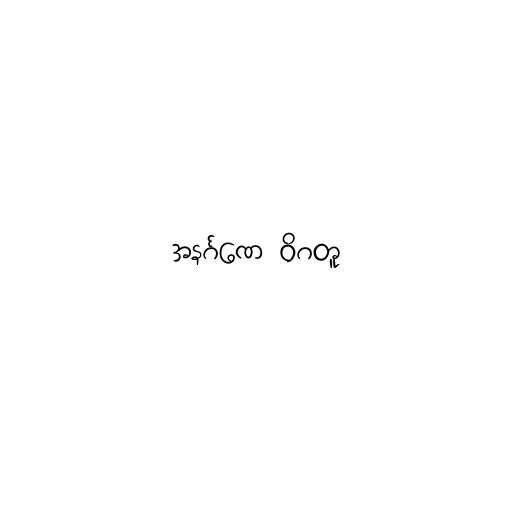
အနင်္ဂဏေ ဝိဂတူ